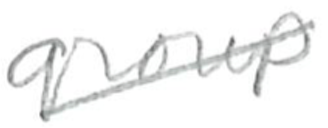
Text: group
Cross-out: diagonal
Writing tool: pencil